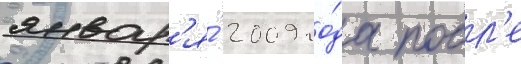
январ'я́ 2009 го́да посл'е